On a parasite found in the white corpuscles of the blood of dogs - Number 14
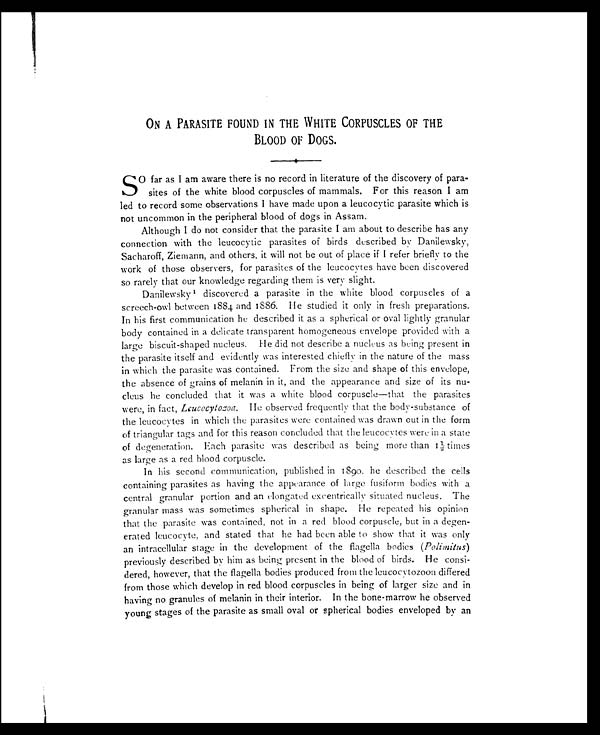
ON A PARASITE FOUND IN THE WHITE CORPUSCLES OF THE
BLOOD OF DOGS.
SO far as I am aware there is no record in literature of the discovery of para-
sites of the white blood corpuscles of mammals. For this reason I am
led to record some observations I have made upon a leucocytic parasite which is
not uncommon in the peripheral blood of dogs in Assam.
Although I do not consider that the parasite I am about to describe has any
connection with the leucocytic parasites of birds described by Danilewsky,
Sacharoff, Ziemann, and others, it will not be out of place if I refer briefly to the
work of those observers, for parasites of the leucocytes have been discovered
so rarely that our knowledge regarding them is very slight.
Danilewsky 1 discovered a parasite in the white blood corpuscles of a
screech-owl between 1884 and 1886. He studied it only in fresh preparations.
In his first communication he described it as a spherical or oval lightly granular
body contained in a delicate transparent homogeneous envelope provided with a
large biscuit-shaped nucleus. He did not describe a nucleus as being present in
the parasite itself and evidently was interested chiefly in the nature of the mass
in which the parasite was contained. From the size and shape of this envelope,
the absence of grains of melanin in it, and the appearance and size of its nu-
cleus he concluded that it was a white blood corpuscle—that the parasites
were, in fact, Leucocytozoa. He observed frequently that the body-substance of
the leucocytes in which the parasites were contained was drawn out in the form
of triangular tags and for this reason concluded that the leucocytes were in a state
of degeneration. Each parasite was described as being more than 1½ times
as large as a red blood corpuscle.
In his second communication, published in 1890, he described the cells
containing parasites as having the appearance of large fusiform bodies with a
central granular portion and an elongated excentrically situated nucleus. The
granular mass was sometimes spherical in shape. He repeated his opinion
that the parasite was contained, not in a red blood corpuscle, but in a degen-
erated leucocyte, and stated that he had been able to show that it was only
an intracellular stage in the development of the flagella bodies ( Polimitus)
previously described by him as being present in the blood of birds. He consi-
dered, however, that the flagella bodies produced from the leucocytozoon differed
from those which develop in red blood corpuscles in being of larger size and in
having no granules of melanin in their interior. In the bone-marrow he observed
young stages of the parasite as small oval or spherical bodies enveloped by an